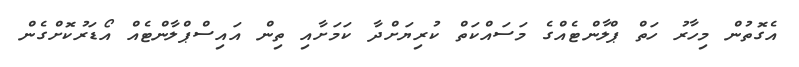
އެގޮތުން މިހާރު ހަތް ޕްލާންޓެއްގެ މަސައްކަތް ކުރިޔަށްދާ ކަމަށާއި ތިން އައިސްޕްލާންޓެއް އޯޑަރުކޮށްގެން